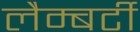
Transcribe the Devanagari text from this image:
लैम्बर्टी